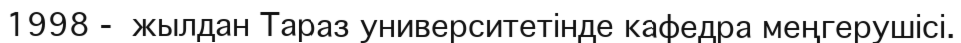
1998 -  жылдан Тараз университетінде кафедра меңгерушісі.